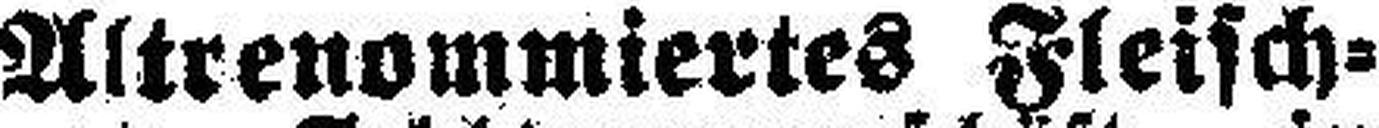
Altrenommiertes Fleisch=